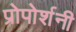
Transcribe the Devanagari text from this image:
प्रोपोर्शनी